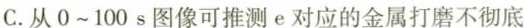
C.从0~100s图像可推测e对应的金属打磨不彻底